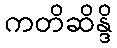
ကတိဆိန္ဒိ